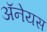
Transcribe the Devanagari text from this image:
अॅनेयस